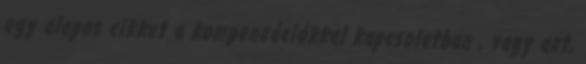
egy alapos cikket a kompenzációkkal kapcsolatban , vagy azt,